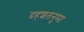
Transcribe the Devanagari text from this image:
दहशतनुमा